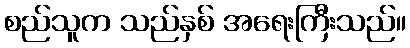
စည်သူက သည်နှစ် အရေးကြီးသည်။